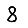
Digit: 8